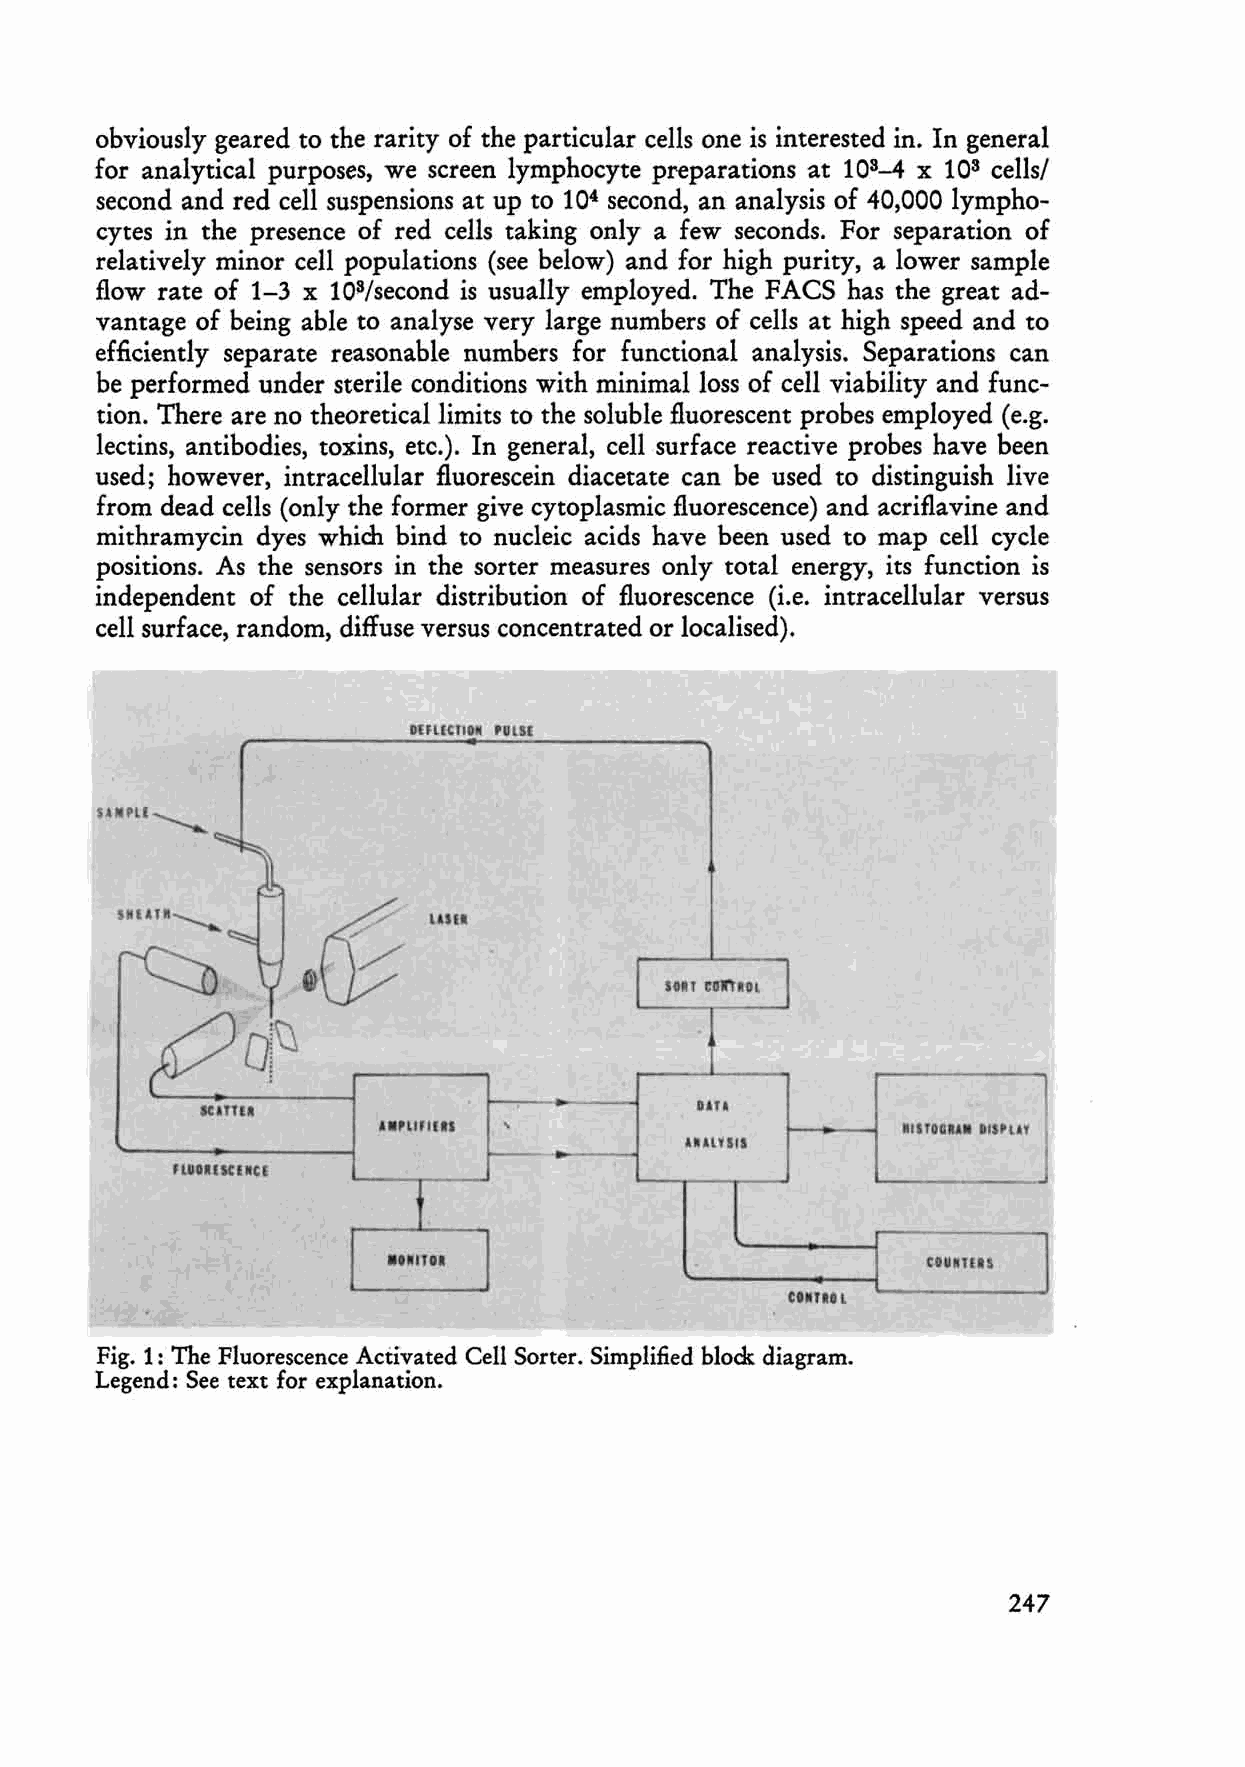
obviously geared to the rarity of the particular eells one is interested in. In general
 for analytieal purposes, we sereen lymphocyte preparations at 103-4 x 103 cells/
 second and red eell suspensions at up to 104 seeond, an analysis of 40,000 lympho
 cytes in the presence of red cells taking only a few seeonds. For separation of
 relatively minor cell populations (see below) and for high purity, a lower sampie
 flow rate of 1-3 x l03/second is usually employed. The FACS has the great ad
 vantage of being able to analyse very large numbers of cells at high speed and to
 efficiently separate reasonable numbers for functional analysis. Separations ean
 be perforrned under sterile eonditions with rninirnalloss of eell viability and fune
 tion. There are no theoretieallirnits to the soluble fluoreseent prob es employed (e.g.
 leetins, antibodies, toxins, etc.). In general, eellsurfaee reaetive probes have been
 used; however, intracellular fluorescein diacetate ean be used to distinguish live
 from dead eells (only the former give cytoplasmic fluoreseence) and aeriflavine and
 mithramycin dyes which bind to nudeic acids have been used to map eell eyde
 positions. As the sensors in the sorter measures only total energy, its function is
 independent of the eellular distribution of fluoreseenee (i.e. intraeellular versus
 cell surfaee, randorn, diffuse versus eoncentrated or localised).
 D fUtllO~ .IIISl
 lau.
 un
 MI nOG"'. 1118 PU . r
 UlLHIS
 FLIIOIUtlJlU
 ... IIU                            cOUilnn
 UMTUt
 Fig. 1: The Fluorescence Adivated Cell Sorter. Simplified block diagram.
 Legend: See text for explanation.
 247